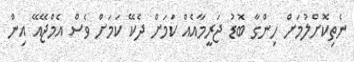
ނެތިކޮށްލުމަށް ހިންގާ ބޮޑު ޖަރީމާއެއް ކަމަށް ދެކޭ ކަމަށް ވެސް އެމްޖޭއޭ އިން